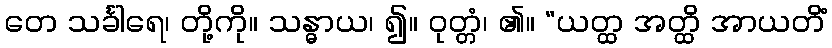
တေ သင်္ခါရေ၊ တို့ကို။ သန္ဓာယ၊ ၍။ ဝုတ္တံ၊ ၏။ “ယတ္ထ အတ္ထိ အာယတိံ